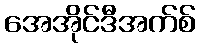
အေအိုင်ဒီအက်စ်